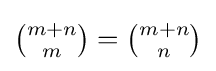
{\textstyle {\binom {m+n}{m}}={\binom {m+n}{n}}}